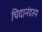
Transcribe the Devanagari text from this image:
चिदानंदरुप